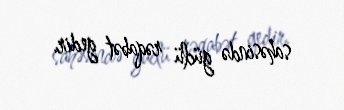
sahəsində güclü rəqabət gedir.